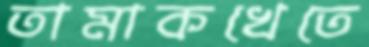
তামাকখেতে